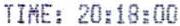
TIME: 20:18:00